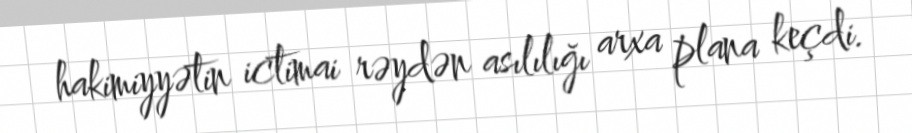
hakimiyyətin ictimai rəydən asılılığı arxa plana keçdi.